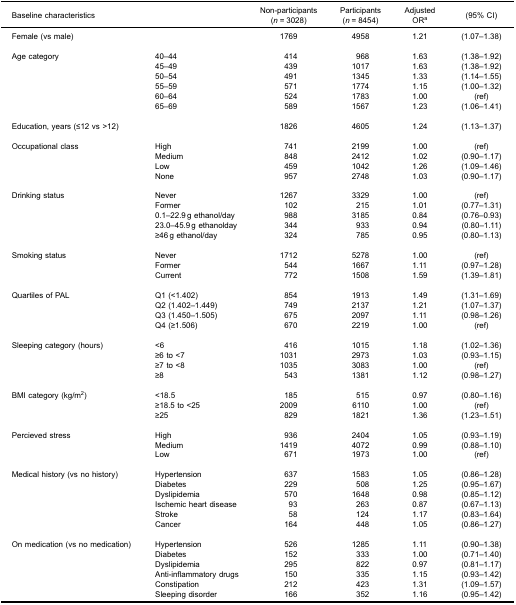
<table><thead><tr><td><b>Baseline characteristics</b></td><td><b> </b></td><td><b>Non-participants(<i>n</i> = 3028)</b></td><td><b>Participants(<i>n</i> = 8454)</b></td><td><b>AdjustedOR<sup>a</sup></b></td><td><b>(95% CI)</b></td></tr></thead><tbody><tr><td>Female (vs male)</td><td> </td><td>1769</td><td>4958</td><td>1.21</td><td>(1.07–1.38)</td></tr><tr><td>Age category</td><td>40–44</td><td>414</td><td>968</td><td>1.63</td><td>(1.38–1.92)</td></tr><tr><td> </td><td>45–49</td><td>439</td><td>1017</td><td>1.63</td><td>(1.38–1.92)</td></tr><tr><td> </td><td>50–54</td><td>491</td><td>1345</td><td>1.33</td><td>(1.14–1.55)</td></tr><tr><td> </td><td>55–59</td><td>571</td><td>1774</td><td>1.15</td><td>(1.00–1.32)</td></tr><tr><td> </td><td>60–64</td><td>524</td><td>1783</td><td>1.00</td><td>(ref)</td></tr><tr><td> </td><td>65–69</td><td>589</td><td>1567</td><td>1.23</td><td>(1.06–1.41)</td></tr><tr><td>Education, years (≤12 vs &gt;12)</td><td> </td><td>1826</td><td>4605</td><td>1.24</td><td>(1.13–1.37)</td></tr><tr><td>Occupational class</td><td>High</td><td>741</td><td>2199</td><td>1.00</td><td>(ref)</td></tr><tr><td> </td><td>Medium</td><td>848</td><td>2412</td><td>1.02</td><td>(0.90–1.17)</td></tr><tr><td> </td><td>Low</td><td>459</td><td>1042</td><td>1.26</td><td>(1.09–1.46)</td></tr><tr><td> </td><td>None</td><td>957</td><td>2748</td><td>1.03</td><td>(0.90–1.17)</td></tr><tr><td>Drinking status</td><td>Never</td><td>1267</td><td>3329</td><td>1.00</td><td>(ref)</td></tr><tr><td> </td><td>Former</td><td>102</td><td>215</td><td>1.01</td><td>(0.77–1.31)</td></tr><tr><td> </td><td>0.1–22.9 g ethanol/day</td><td>988</td><td>3185</td><td>0.84</td><td>(0.76–0.93)</td></tr><tr><td> </td><td>23.0–45.9 g ethanolday</td><td>344</td><td>933</td><td>0.94</td><td>(0.80–1.11)</td></tr><tr><td> </td><td>≥46 g ethanol/day</td><td>324</td><td>785</td><td>0.95</td><td>(0.80–1.13)</td></tr><tr><td>Smoking status</td><td>Never</td><td>1712</td><td>5278</td><td>1.00</td><td>(ref)</td></tr><tr><td> </td><td>Former</td><td>544</td><td>1667</td><td>1.11</td><td>(0.97–1.28)</td></tr><tr><td> </td><td>Current</td><td>772</td><td>1508</td><td>1.59</td><td>(1.39–1.81)</td></tr><tr><td>Quartiles of PAL</td><td>Q1 (&lt;1.402)</td><td>854</td><td>1913</td><td>1.49</td><td>(1.31–1.69)</td></tr><tr><td> </td><td>Q2 (1.402–1.449)</td><td>749</td><td>2137</td><td>1.21</td><td>(1.07–1.37)</td></tr><tr><td> </td><td>Q3 (1.450–1.505)</td><td>675</td><td>2097</td><td>1.11</td><td>(0.98–1.26)</td></tr><tr><td> </td><td>Q4 (≥1.506)</td><td>670</td><td>2219</td><td>1.00</td><td>(ref)</td></tr><tr><td>Sleeping category (hours)</td><td>&lt;6</td><td>416</td><td>1015</td><td>1.18</td><td>(1.02–1.36)</td></tr><tr><td> </td><td>≥6 to &lt;7</td><td>1031</td><td>2973</td><td>1.03</td><td>(0.93–1.15)</td></tr><tr><td> </td><td>≥7 to &lt;8</td><td>1035</td><td>3083</td><td>1.00</td><td>(ref)</td></tr><tr><td> </td><td>≥8</td><td>543</td><td>1381</td><td>1.12</td><td>(0.98–1.27)</td></tr><tr><td>BMI category (kg/m<sup>2</sup>)</td><td>&lt;18.5</td><td>185</td><td>515</td><td>0.97</td><td>(0.80–1.16)</td></tr><tr><td> </td><td>≥18.5 to &lt;25</td><td>2009</td><td>6110</td><td>1.00</td><td>(ref)</td></tr><tr><td> </td><td>≥25</td><td>829</td><td>1821</td><td>1.36</td><td>(1.23–1.51)</td></tr><tr><td>Percieved stress</td><td>High</td><td>936</td><td>2404</td><td>1.05</td><td>(0.93–1.19)</td></tr><tr><td> </td><td>Medium</td><td>1419</td><td>4072</td><td>0.99</td><td>(0.88–1.10)</td></tr><tr><td> </td><td>Low</td><td>671</td><td>1973</td><td>1.00</td><td>(ref)</td></tr><tr><td>Medical history (vs no history)</td><td>Hypertension</td><td>637</td><td>1583</td><td>1.05</td><td>(0.86–1.28)</td></tr><tr><td> </td><td>Diabetes</td><td>229</td><td>508</td><td>1.25</td><td>(0.95–1.67)</td></tr><tr><td> </td><td>Dyslipidemia</td><td>570</td><td>1648</td><td>0.98</td><td>(0.85–1.12)</td></tr><tr><td> </td><td>Ischemic heart disease</td><td>93</td><td>263</td><td>0.87</td><td>(0.67–1.13)</td></tr><tr><td> </td><td>Stroke</td><td>58</td><td>124</td><td>1.17</td><td>(0.83–1.64)</td></tr><tr><td> </td><td>Cancer</td><td>164</td><td>448</td><td>1.05</td><td>(0.86–1.27)</td></tr><tr><td>On medication (vs no medication)</td><td>Hypertension</td><td>526</td><td>1285</td><td>1.11</td><td>(0.90–1.38)</td></tr><tr><td> </td><td>Diabetes</td><td>152</td><td>333</td><td>1.00</td><td>(0.71–1.40)</td></tr><tr><td> </td><td>Dyslipidemia</td><td>295</td><td>822</td><td>0.97</td><td>(0.81–1.17)</td></tr><tr><td> </td><td>Anti-inflammatory drugs</td><td>150</td><td>335</td><td>1.15</td><td>(0.93–1.42)</td></tr><tr><td> </td><td>Constipation</td><td>212</td><td>423</td><td>1.31</td><td>(1.09–1.57)</td></tr><tr><td> </td><td>Sleeping disorder</td><td>166</td><td>352</td><td>1.16</td><td>(0.95–1.42)</td></tr></tbody></table>